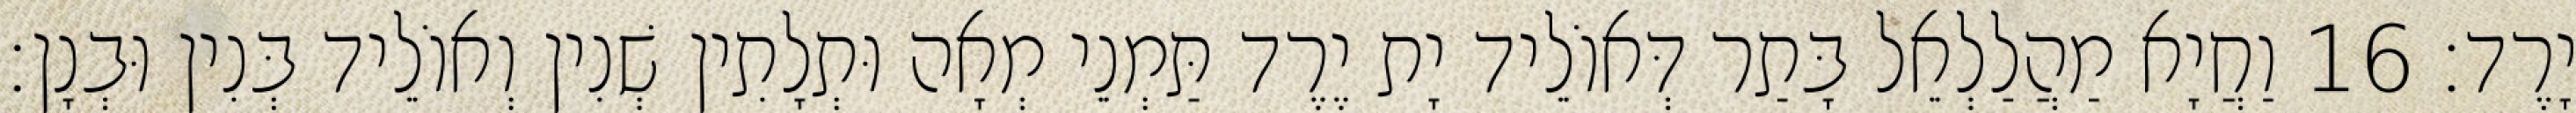
יָרֶד׃ 16 וַחֲיָא מַהֲלַלְאֵל בָּתַר דְּאוֹלֵיד יָת יֶרֶד תַּמְנֵי מְאָה וּתְלָתִין שְׁנִין וְאוֹלֵיד בְּנִין וּבְנָן׃